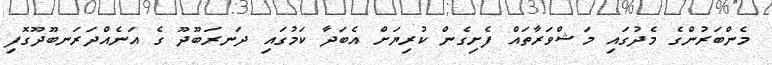
މެންބަރުންގެ މެދުގައި މަޝްވަރާތައް ފެށިގެން ކުރިޔަށް އެބަދާ ކަމުގައި ދަނރަބޫދޫ ގެ އަނެއްދަރަނބޫދޫގޮފި